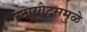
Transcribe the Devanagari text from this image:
स्टारगेट्समुळे